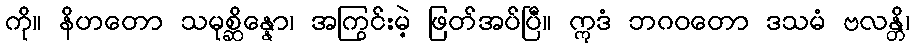
ကို။ နိဟတော သမုစ္ဆိန္နော၊ အကြွင်းမဲ့ ဖြတ်အပ်ပြီ။ ဣဒံ ဘဂဝတော ဒသမံ ဗလန္တိ၊